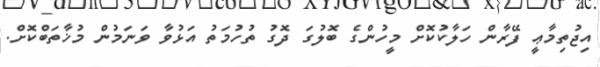
އިޖުތިމާޢީ ފޭރާން ހަލާކުކޮށް މީހުންގެ ބޮލުގަ ދޮގު ތުހުމަތު އަޅުވާ ވަނަމުން މުޚާތަބްކޮށް.